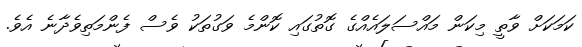
ކަމަކަށް ވާތީ މިކަން މައްސަލައެއްގެ ގޮތުގައި ކޮންމެ ވަގުތަކު ވެސް ފެންމަތިވެދާނެ އެވެ.